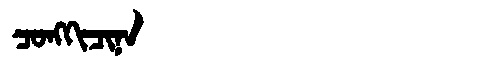
Manchu: ᠴᠣᠩᡴᡳᠴᡳᠨᠠ
Romanization: CONGKICINA